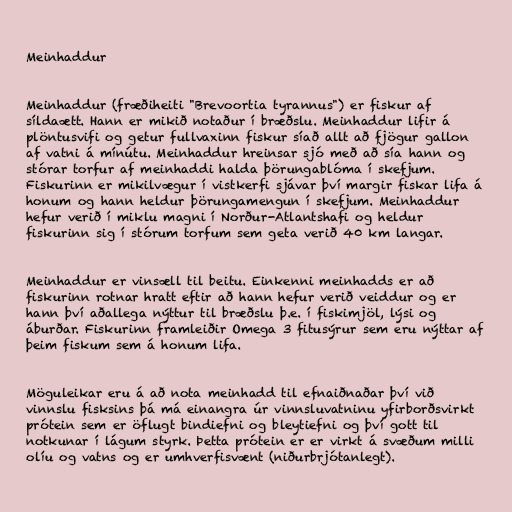
Meinhaddur

Meinhaddur (fræðiheiti "Brevoortia tyrannus") er fiskur af
síldaætt. Hann er mikið notaður í bræðslu. Meinhaddur lifir á
plöntusvifi og getur fullvaxinn fiskur síað allt að fjögur gallon
af vatni á mínútu. Meinhaddur hreinsar sjó með að sía hann og
stórar torfur af meinhaddi halda þörungablóma í skefjum.
Fiskurinn er mikilvægur í vistkerfi sjávar því margir fiskar lifa á
honum og hann heldur þörungamengun í skefjum. Meinhaddur
hefur verið í miklu magni í Norður-Atlantshafi og heldur
fiskurinn sig í stórum torfum sem geta verið 40 km langar.

Meinhaddur er vinsæll til beitu. Einkenni meinhadds er að
fiskurinn rotnar hratt eftir að hann hefur verið veiddur og er
hann því aðallega nýttur til bræðslu þ.e. í fiskimjöl, lýsi og
áburðar. Fiskurinn framleiðir Omega 3 fitusýrur sem eru nýttar af
þeim fiskum sem á honum lifa.

Möguleikar eru á að nota meinhadd til efnaiðnaðar því við
vinnslu fisksins þá má einangra úr vinnsluvatninu yfirborðsvirkt
prótein sem er öflugt bindiefni og bleytiefni og því gott til
notkunar í lágum styrk. Þetta prótein er er virkt á svæðum milli
olíu og vatns og er umhverfisvænt (niðurbrjótanlegt).